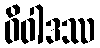
ဝိဝါဒဿ